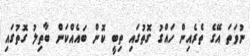
ނުވަތަ އޭގެ ތެރެއިން ހައްގު ގޮތުގައި ތިބީ ކޮން ބައެއްކަން ބާތިލު ގޮތުގައި